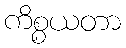
ကိစ္စယတာ